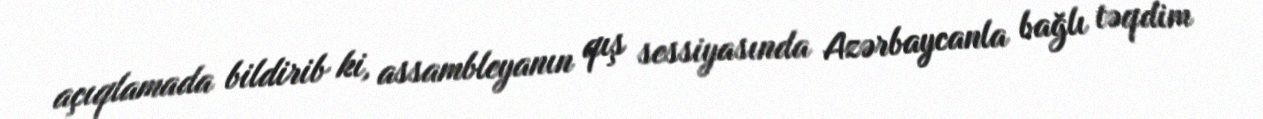
açıqlamada bildirib ki, assambleyanın qış sessiyasında Azərbaycanla bağlı təqdim